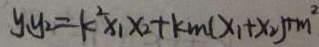
y _ { 1 } y _ { 2 } = k ^ { 2 } x _ { 1 } x _ { 2 } + k m ( x _ { 1 } + x _ { 2 } ) + m ^ { 2 }